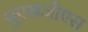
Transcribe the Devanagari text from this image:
युएसजीएस